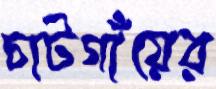
চাটগাঁয়ের